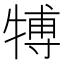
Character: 𤚽